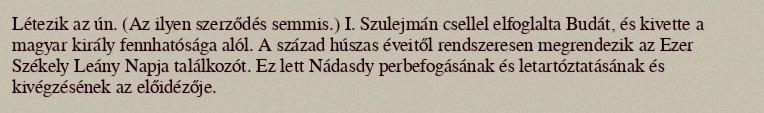
Létezik az ún. (Az ilyen szerződés semmis.) I. Szulejmán csellel elfoglalta Budát, és kivette a magyar király fennhatósága alól. A század húszas éveitől rendszeresen megrendezik az Ezer Székely Leány Napja találkozót. Ez lett Nádasdy perbefogásának és letartóztatásának és kivégzésének az előidézője.